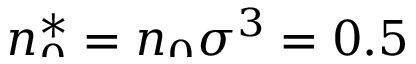
\smash { n _ { 0 } ^ { * } = n _ { 0 } \sigma ^ { 3 } = 0 . 5 }